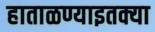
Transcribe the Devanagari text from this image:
हाताळण्याइतक्या